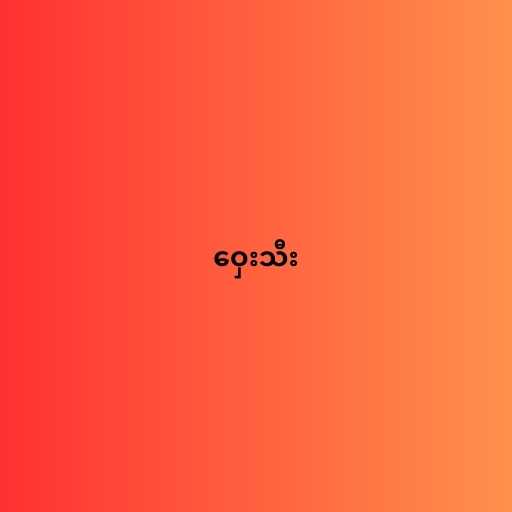
ဝှေးသီး